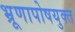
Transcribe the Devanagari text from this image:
भ्रूणापोषयुक्त